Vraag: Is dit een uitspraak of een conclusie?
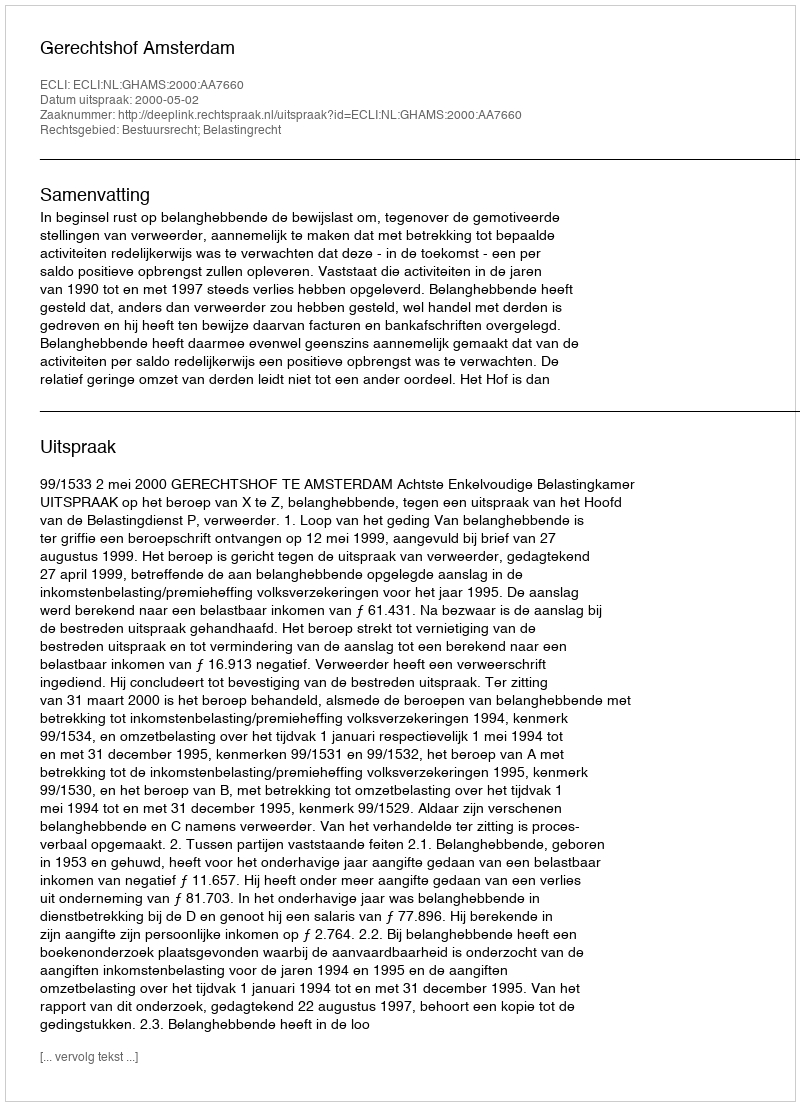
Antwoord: Uitspraak